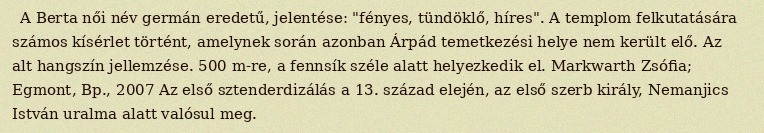
A Berta női név germán eredetű, jelentése: "fényes, tündöklő, híres". A templom felkutatására számos kísérlet történt, amelynek során azonban Árpád temetkezési helye nem került elő. Az alt hangszín jellemzése. 500 m-re, a fennsík széle alatt helyezkedik el. Markwarth Zsófia; Egmont, Bp., 2007 Az első sztenderdizálás a 13. század elején, az első szerb király, Nemanjics István uralma alatt valósul meg.